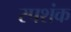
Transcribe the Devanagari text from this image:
स्पशंक